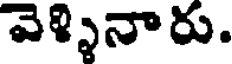
వెళ్ళినారు.